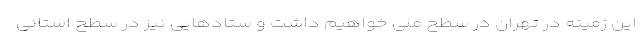
این زمینه در تهران در سطح ملی خواهیم داشت و ستادهایی نیز در سطح استانی